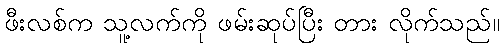
ဖီးလစ်က သူ့လက်ကို ဖမ်းဆုပ်ပြီး တား လိုက်သည်။